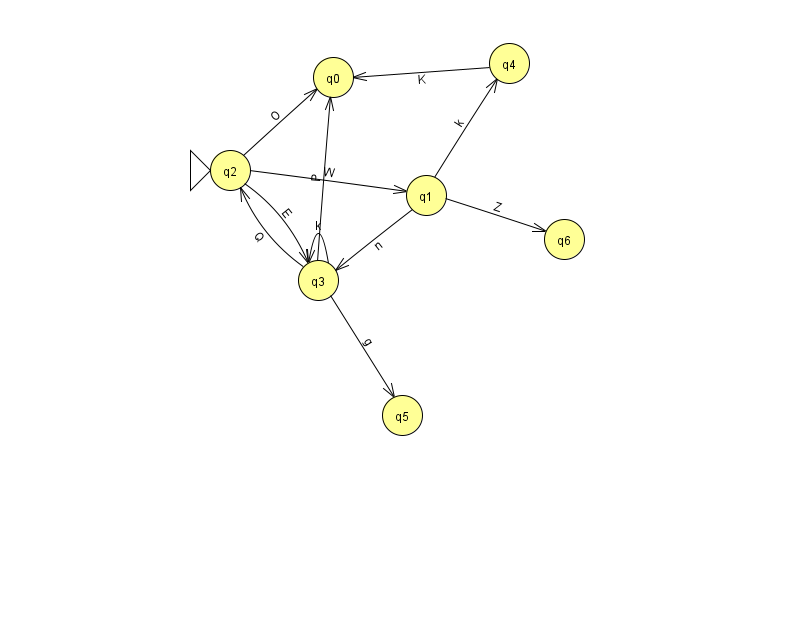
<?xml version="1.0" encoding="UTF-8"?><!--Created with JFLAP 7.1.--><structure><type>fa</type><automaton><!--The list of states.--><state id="0" name="q0"><x>333.0</x><y>64.0</y></state><state id="1" name="q1"><x>426.0</x><y>182.0</y></state><state id="2" name="q2"><x>230.0</x><y>157.0</y><initial/></state><state id="3" name="q3"><x>318.0</x><y>267.0</y></state><state id="4" name="q4"><x>509.0</x><y>50.0</y></state><state id="5" name="q5"><x>402.0</x><y>402.0</y></state><state id="6" name="q6"><x>564.0</x><y>226.0</y></state><!--The list of transitions.--><transition><from>3</from><to>2</to><read>Q</read></transition><transition><from>4</from><to>0</to><read>K</read></transition><transition><from>1</from><to>6</to><read>Z</read></transition><transition><from>3</from><to>0</to><read>P</read></transition><transition><from>3</from><to>5</to><read>g</read></transition><transition><from>2</from><to>3</to><read>E</read></transition><transition><from>1</from><to>3</to><read>n</read></transition><transition><from>1</from><to>4</to><read>k</read></transition><transition><from>3</from><to>3</to><read>k</read></transition><transition><from>2</from><to>1</to><read>W</read></transition><transition><from>2</from><to>0</to><read>O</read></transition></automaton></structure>